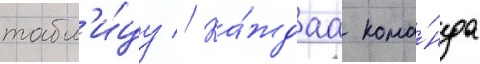
табл'и́цу // Ка́ждаа кома́нда